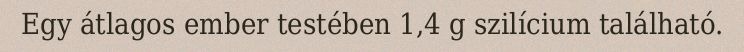
Egy átlagos ember testében 1,4 g szilícium található.